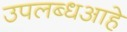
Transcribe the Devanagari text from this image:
उपलब्धआहे